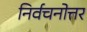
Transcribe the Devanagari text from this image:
निर्वचनोत्तर